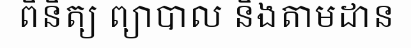
ពិនិត្យ ព្យាបាល និងតាមដាន